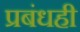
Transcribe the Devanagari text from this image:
प्रबंधही